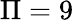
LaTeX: \Pi=9